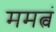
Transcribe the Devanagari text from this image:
ममत्वं